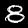
Digit: 8